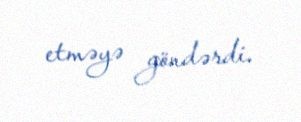
etməyə göndərdi.